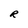
Character: R